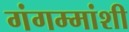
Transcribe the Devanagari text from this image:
गंगम्मांशी